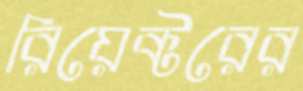
রিয়েক্টরের